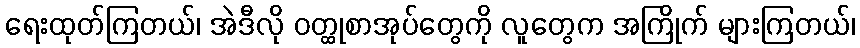
ရေးထုတ်ကြတယ်၊ အဲဒီလို ဝတ္ထုစာအုပ်တွေကို လူတွေက အကြိုက် များကြတယ်၊